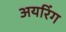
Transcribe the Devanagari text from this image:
अयरिंग